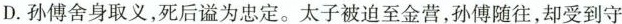
D. 孙傅舍身取义，死后谥为忠定。太子被迫至金营，孙傅随往，却受到守